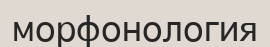
морфонология